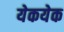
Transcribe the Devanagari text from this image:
येकयेक